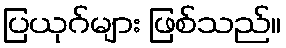
ပြယုဂ်များ ဖြစ်သည်။